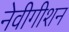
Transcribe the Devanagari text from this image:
नेवीगीशन